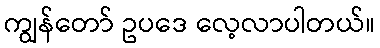
ကျွန်တော် ဥပဒေ လေ့လာပါတယ်။